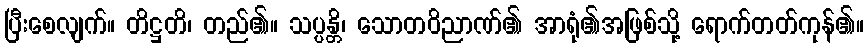
ပြီးစေလျက်။ တိဋ္ဌတိ၊ တည်၏။ သပ္ပန္တိ၊ သောတဝိညာဏ်၏ အာရုံ၏အဖြစ်သို့ ရောက်တတ်ကုန်၏။